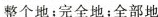
整个地；完全地；全部地